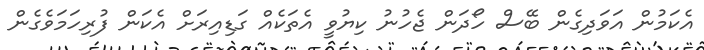
އެކަމުން އަވަދިގެން ބޭސް ހޯދަން ޖެހުނު ކިޔުވީ އެތަކެއް ގަޑިއިރަށް އެކަން ފުރިހަމަވެގެން